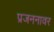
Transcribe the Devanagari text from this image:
प्रजननावर